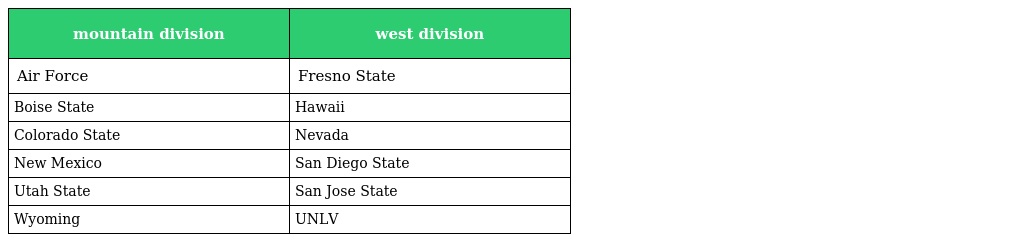
| mountain division | west division |
 | --- | --- |
 | Air Force | Fresno State |
 | Boise State | Hawaii |
 | Colorado State | Nevada |
 | New Mexico | San Diego State |
 | Utah State | San Jose State |
 | Wyoming | UNLV |